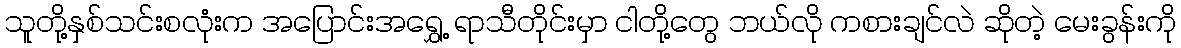
သူတို့နှစ်သင်းစလုံးက အပြောင်းအရွှေ့ ရာသီတိုင်းမှာ ငါတို့တွေ ဘယ်လို ကစားချင်လဲ ဆိုတဲ့ မေးခွန်းကို